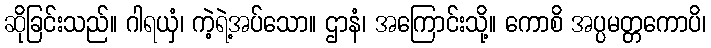
ဆိုခြင်းသည်။ ဂါရယှံ၊ ကဲ့ရဲ့အပ်သော။ ဌာနံ၊ အကြောင်းသို့။ ကောစိ အပ္ပမတ္တကောပိ၊